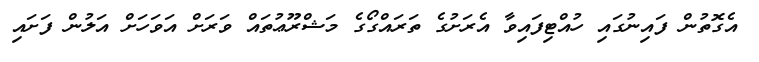
އެގޮތުން ފައިނުގައި ހުއްޓިފައިވާ އެރަށުގެ ތަރައްގޯގެ މަޝްރޫޢުތައް ވަރަށް އަވަހަށް އަލުން ފަށައި